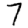
Digit: 7